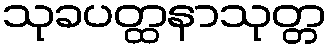
သုခပတ္ထနာသုတ္တ